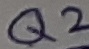
Text: Q2